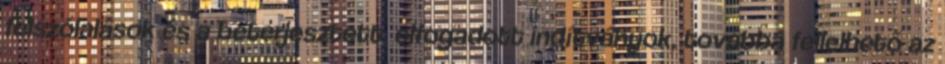
felszólalások és a beterjesztett, elfogadott indítványok, továbbá fellelhető az